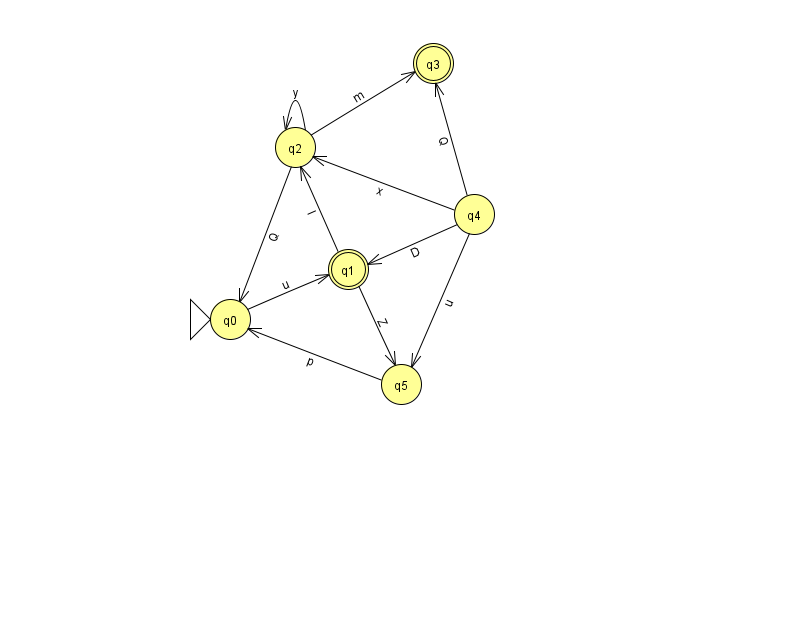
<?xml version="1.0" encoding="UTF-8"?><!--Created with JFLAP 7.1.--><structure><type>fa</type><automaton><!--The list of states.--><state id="0" name="q0"><x>230.0</x><y>306.0</y><initial/></state><state id="1" name="q1"><x>348.0</x><y>256.0</y><final/></state><state id="2" name="q2"><x>295.0</x><y>134.0</y></state><state id="3" name="q3"><x>433.0</x><y>50.0</y><final/></state><state id="4" name="q4"><x>474.0</x><y>201.0</y></state><state id="5" name="q5"><x>401.0</x><y>371.0</y></state><!--The list of transitions.--><transition><from>2</from><to>0</to><read>Q</read></transition><transition><from>4</from><to>2</to><read>x</read></transition><transition><from>2</from><to>3</to><read>m</read></transition><transition><from>1</from><to>2</to><read>l</read></transition><transition><from>1</from><to>5</to><read>Z</read></transition><transition><from>4</from><to>3</to><read>Q</read></transition><transition><from>4</from><to>1</to><read>D</read></transition><transition><from>5</from><to>0</to><read>p</read></transition><transition><from>2</from><to>2</to><read>y</read></transition><transition><from>4</from><to>5</to><read>u</read></transition><transition><from>0</from><to>1</to><read>u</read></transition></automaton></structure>